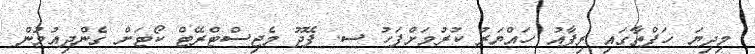
މިދިޔަ ހަފްތާގައި ރިފާއު ހައްޔަރު ކުރުމަށްފަހު ސ. ފޭދޫ މެޖިސްޓްރޭޓް ކޯޓަށް ގެންދިއުމުން